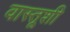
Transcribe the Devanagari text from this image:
वास्तूशी